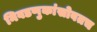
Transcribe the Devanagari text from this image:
निवडणुकांसोबतच